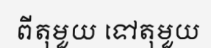
ពីតុមួយ ទៅតុមួយ